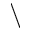
\backslash